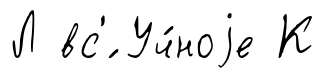
Л вс'́ Уч́ноjе К